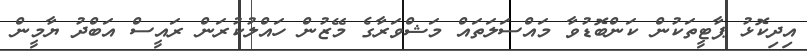
އިދިކޮޅު ޕާޓީތަކުން ކަންބޮޑުވާ މައްސަލަތައް މަޝްވަރާގެ މޭޒުން ހައްލުކުރަން ރައީސް އަބްދު ޔާމީން